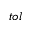
t o l